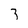
Character: 3